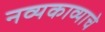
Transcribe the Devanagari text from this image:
नव्यकाव्याचे